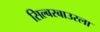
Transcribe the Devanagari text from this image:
सिल्बरबाउरला